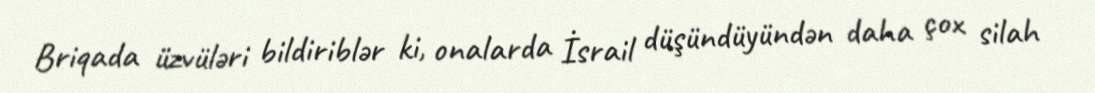
Briqada üzvüləri bildiriblər ki, onalarda İsrail düşündüyündən daha çox silah